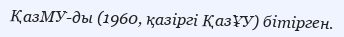
ҚазМУ-ды (1960, қазіргі ҚазҰУ) бітірген.